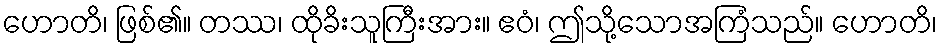
ဟောတိ၊ ဖြစ်၏။ တဿ၊ ထိုခိးသူကြီးအား။ ဧဝံ၊ ဤသို့သောအကြံသည်။ ဟောတိ၊